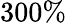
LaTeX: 300\%